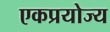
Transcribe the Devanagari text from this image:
एकप्रयोज्य